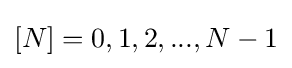
[N]={0,1,2,...,N-1}